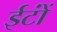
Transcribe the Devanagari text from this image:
ईटोंं